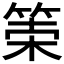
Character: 𥮮